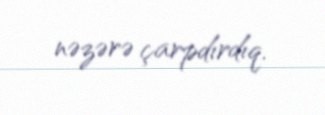
nəzərə çarpdırdıq.